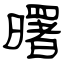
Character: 曙